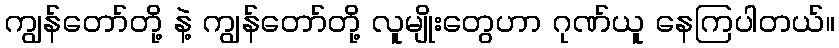
ကျွန်တော်တို့ နဲ့ ကျွန်တော်တို့ လူမျိုးတွေဟာ ဂုဏ်ယူ နေကြပါတယ်။